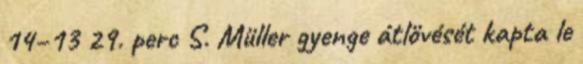
14–13 29. perc S. Müller gyenge átlövését kapta le